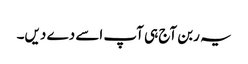
یہ ربن آج ہی آپ اسے دے دیں۔